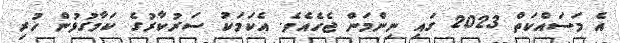
އެ މަސައްކަތް 2023 ގައި ނިންމަން ޖެހެއެވެ. އެކަމަކު ސަރުކާރުގެ ކަމާގުޅުން ހުރި